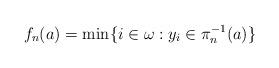
LaTeX: \begin{align*}f_{n}(a)=\min \{i\in \omega: y_{i}\in \pi _{n}^{-1}(a)\}\end{align*}